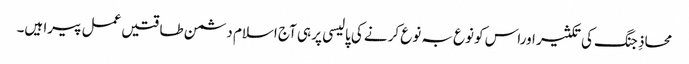
محاذِ جنگ کی تکثیر اوراس کو نوع بہ نوع کرنے کی پالیسی پر ہی آج اسلام دشمن طاقتیں عمل پیرا ہیں۔